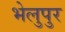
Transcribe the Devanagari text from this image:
भेलुपुर